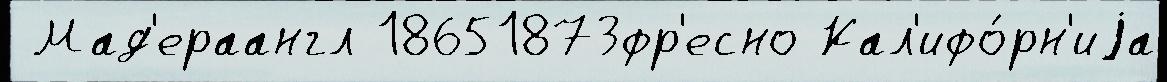
 Мад'ераангл 18651873фр'есно Кал'ифо́рн'иjа